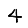
Digit: 4